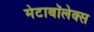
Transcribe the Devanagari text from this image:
मेटाबॉलेक्स